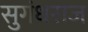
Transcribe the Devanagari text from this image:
सुगंधराज